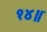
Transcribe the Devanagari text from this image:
१४॥